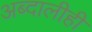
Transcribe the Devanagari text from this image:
अब्दालीही